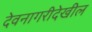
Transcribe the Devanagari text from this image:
देवनागरीदेखील